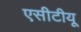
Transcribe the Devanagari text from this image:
एसीटीयू